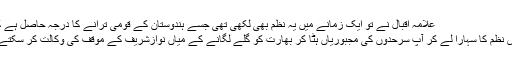
علامہ اقبال نے تو ایک زمانے میں یہ نظم بھی لکھی تھی جسے ہندوستان کے قومی ترانے کا درجہ حاصل ہے کہ....
کیا اس نظم کا سہارا لے کر آپ سرحدوں کی مجبوریاں ہٹا کر بھارت کو گلے لگانے کے میاں نوازشریف کے موقف کی وکالت کر سکتے ہیں؟